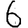
Digit: 6